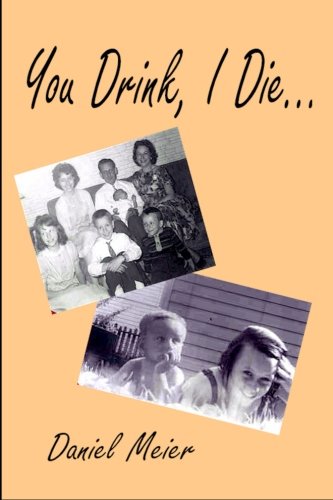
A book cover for You drink, i die. . .; Daniel Meier; Health, Fitness & Dieting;